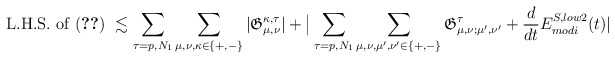
\begin{align*}\textup{L.H.S. of (\ref{eqn591}) } \lesssim\sum_{\tau=p, N_1} \sum_{\mu, \nu, \kappa\in\{+,-\}} |\mathfrak{G}_{\mu, \nu}^{\kappa,\tau}| +\big| \sum_{\tau=p,N_1} \sum_{\mu, \nu, \mu',\nu' \in\{+,-\}} \mathfrak{G}_{\mu, \nu;\mu',\nu'}^{\tau} + \frac{d}{d t} E_{modi}^{S, low2}(t)| \end{align*}